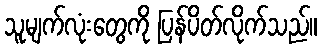
သူမျက်လုံးတွေကို ပြန်ပိတ်လိုက်သည်။